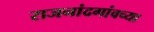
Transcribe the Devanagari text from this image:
राजनांदगांवच्या